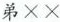
弟××